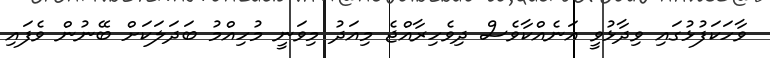
ވާހަކަފުޅުގައި ވިދާޅުވީ އަނެއްކާވެސް ދިވެހިރާއްޖެ މިއަދު މިވަނީ މުހިއްމު ބަދަލަކަށް ބޭނުން ވެފައި